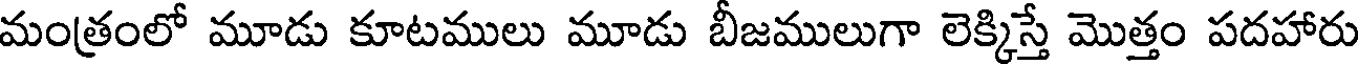
మంత్రంలో మూడు కూటములు మూడు బీజములుగా లెక్కిస్తే మొత్తం పదహారు